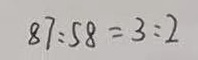
8 7 : 5 8 = 3 : 2